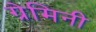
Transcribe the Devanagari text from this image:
ग्रेमिनी